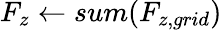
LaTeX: F_{z}\gets sum(F_{z,grid})